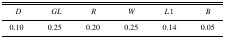
| D | GL | R | W | L1 | B |
 | --- | --- | --- | --- | --- | --- |
 | 0.10 | 0.25 | 0.20 | 0.25 | 0.14 | 0.05 |